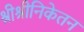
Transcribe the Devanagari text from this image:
श्रीश्रीनिकेतन